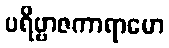
ပရိဗ္ဗာဇကာရာမော